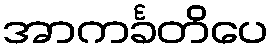
အာကင်္ခတိပေ